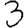
Digit: 3